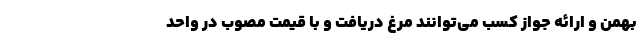
بهمن و ارائه جواز کسب می‌توانند مرغ دریافت و با قیمت مصوب در واحد